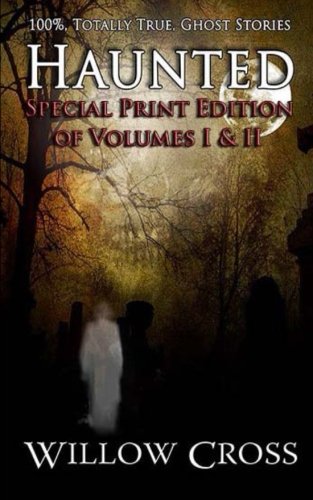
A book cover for Haunted: 100% Totally True Ghost Stories; Willow Cross; Religion & Spirituality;